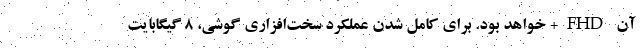
آن FHD+ خواهد بود. برای کامل شدن عملکرد سخت‌افزاری گوشی، 8 گیگابایت